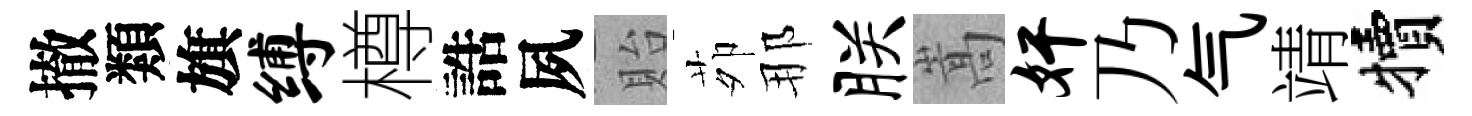
撤類旗缚樽誥夙貽茆那朕嵩奸乃气靖犢